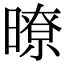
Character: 暸